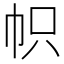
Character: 帜